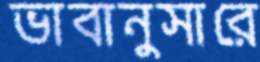
ভাবানুসারে